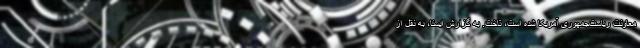
معاونت ریاست‌جمهوری آمریکا شده است، تاخت. به گزارش ایسنا، به نقل از